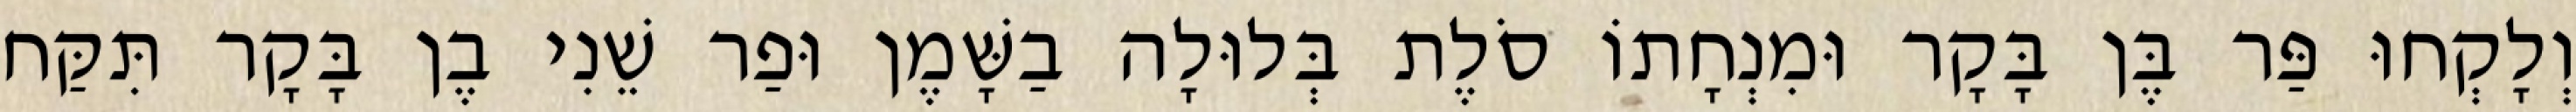
וְלָקְחוּ פַּר בֶּן בָּקָר וּמִנְחָתוֹ סֹלֶת בְּלוּלָה בַשָּׁמֶן וּפַר שֵׁנִי בֶן בָּקָר תִּקַּח